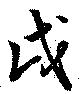
戌